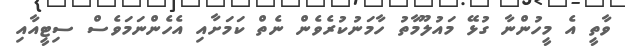
ވާތީ އެ މީހުންނާ ގުޅޭ މައުލޫމާތު ހާމަނުކުރެވެން ނެތް ކަމަށާއި އެހެންނަމަވެސް ސިޓީއާއި